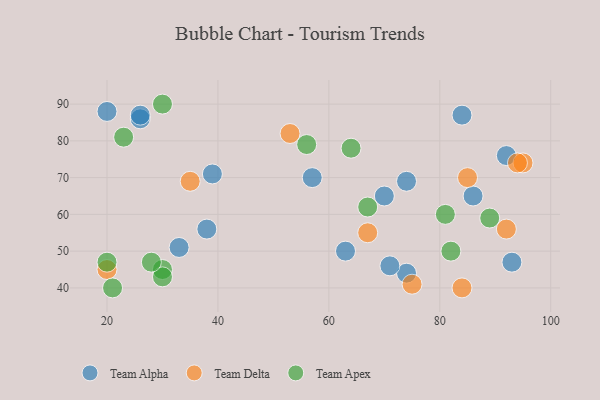
{"axis": {"x": "GDP", "y": "Life Expectancy"}, "legend": ["Team Alpha", "Team Apex", "Team Delta"], "data": [{"x": "26", "y": 86, "type": "Team Alpha"}, {"x": "39", "y": 71, "type": "Team Alpha"}, {"x": "84", "y": 87, "type": "Team Alpha"}, {"x": "63", "y": 50, "type": "Team Alpha"}, {"x": "70", "y": 65, "type": "Team Alpha"}, {"x": "74", "y": 44, "type": "Team Alpha"}, {"x": "38", "y": 56, "type": "Team Alpha"}, {"x": "33", "y": 51, "type": "Team Alpha"}, {"x": "93", "y": 47, "type": "Team Alpha"}, {"x": "57", "y": 70, "type": "Team Alpha"}, {"x": "92", "y": 76, "type": "Team Alpha"}, {"x": "86", "y": 65, "type": "Team Alpha"}, {"x": "26", "y": 87, "type": "Team Alpha"}, {"x": "71", "y": 46, "type": "Team Alpha"}, {"x": "20", "y": 88, "type": "Team Alpha"}, {"x": "74", "y": 69, "type": "Team Alpha"}, {"x": "20", "y": 45, "type": "Team Delta"}, {"x": "84", "y": 40, "type": "Team Delta"}, {"x": "53", "y": 82, "type": "Team Delta"}, {"x": "67", "y": 55, "type": "Team Delta"}, {"x": "35", "y": 69, "type": "Team Delta"}, {"x": "75", "y": 41, "type": "Team Delta"}, {"x": "95", "y": 74, "type": "Team Delta"}, {"x": "94", "y": 74, "type": "Team Delta"}, {"x": "92", "y": 56, "type": "Team Delta"}, {"x": "85", "y": 70, "type": "Team Delta"}, {"x": "81", "y": 60, "type": "Team Apex"}, {"x": "64", "y": 78, "type": "Team Apex"}, {"x": "30", "y": 90, "type": "Team Apex"}, {"x": "30", "y": 45, "type": "Team Apex"}, {"x": "56", "y": 79, "type": "Team Apex"}, {"x": "23", "y": 81, "type": "Team Apex"}, {"x": "89", "y": 59, "type": "Team Apex"}, {"x": "21", "y": 40, "type": "Team Apex"}, {"x": "82", "y": 50, "type": "Team Apex"}, {"x": "67", "y": 62, "type": "Team Apex"}, {"x": "30", "y": 43, "type": "Team Apex"}, {"x": "20", "y": 47, "type": "Team Apex"}, {"x": "28", "y": 47, "type": "Team Apex"}]}